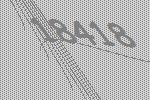
18418